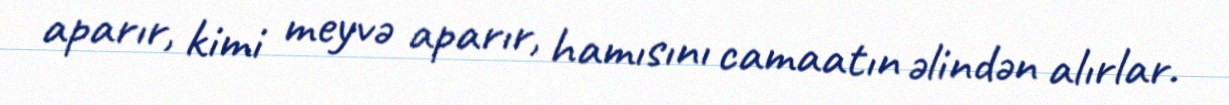
aparır, kimi meyvə aparır, hamısını camaatın əlindən alırlar.